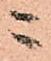
ニ